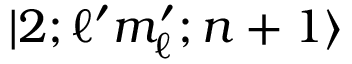
| 2 ; \ell ^ { \prime } m _ { \ell } ^ { \prime } ; n + 1 \rangle